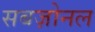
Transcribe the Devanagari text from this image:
सबज़ोनल